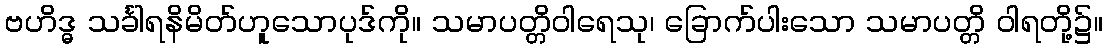
ဗဟိဒ္ဓ သင်္ခါရနိမိတ်ဟူသောပုဒ်ကို။ သမာပတ္တိဝါရေသု၊ ခြောက်ပါးသော သမာပတ္တိ ဝါရတို့၌။